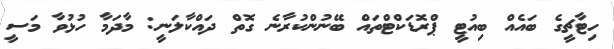
ހިޓާޗީގެ ބައެއް ބިއުޓީ ޕްރޮޑަކްޓްތައް ބޭނުންކުރާނެ ގޮތް ދައްކާލަނީ: މާދަމާ ހުޅުވާ މަސީ